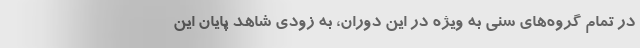
در تمام گروه‌های سنی به ویژه در این دوران، به زودی شاهد پایان این